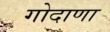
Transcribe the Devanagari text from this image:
गोदाणा